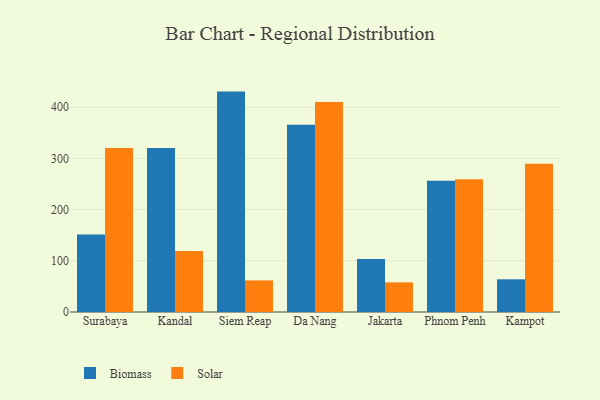
{"axis": {"x": "City", "y": "Budget (USD K)"}, "legend": ["Biomass", "Solar"], "data": [{"x": "Surabaya", "y": 151.5, "type": "Biomass"}, {"x": "Surabaya", "y": 320.4, "type": "Solar"}, {"x": "Kandal", "y": 320.5, "type": "Biomass"}, {"x": "Kandal", "y": 119.2, "type": "Solar"}, {"x": "Siem Reap", "y": 430.4, "type": "Biomass"}, {"x": "Siem Reap", "y": 61.7, "type": "Solar"}, {"x": "Da Nang", "y": 365.6, "type": "Biomass"}, {"x": "Da Nang", "y": 410.3, "type": "Solar"}, {"x": "Jakarta", "y": 103.6, "type": "Biomass"}, {"x": "Jakarta", "y": 57.9, "type": "Solar"}, {"x": "Phnom Penh", "y": 256.5, "type": "Biomass"}, {"x": "Phnom Penh", "y": 259.0, "type": "Solar"}, {"x": "Kampot", "y": 63.8, "type": "Biomass"}, {"x": "Kampot", "y": 289.7, "type": "Solar"}]}